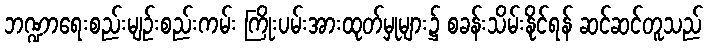
ဘဏ္ဍာရေးစည်းမျဉ်းစည်းကမ်း ကြိုးပမ်းအားထုတ်မှုများ၌ စခန်းသိမ်းနိုင်ရန် ဆင်ဆင်တူသည်